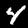
Digit: 4